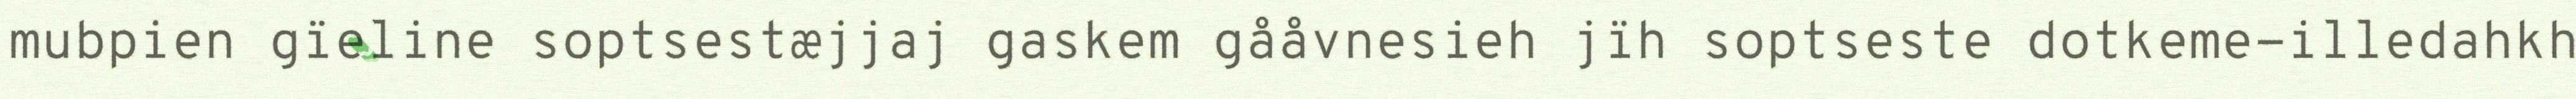
mubpien gïeline soptsestæjjaj gaskem gååvnesieh jïh soptseste dotkeme-illedahkh